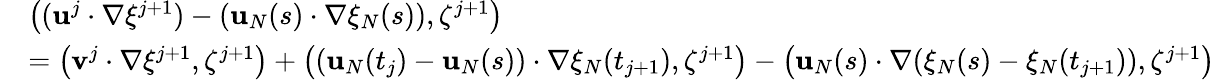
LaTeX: \begin{array}{rl}&{\left((\mathbf{u}^{j}\cdot\nabla\xi^{j+1})-(\mathbf{u}_{N}(s)\cdot\nabla\xi_{N}(s)),\zeta^{j+1}\right)}\\ &{=\left(\mathbf{v}^{j}\cdot\nabla\xi^{j+1},\zeta^{j+1}\right)+\left((\mathbf{u}_{N}(t_{j})-\mathbf{u}_{N}(s))\cdot\nabla\xi_{N}(t_{j+1}),\zeta^{j+1}\right)-\left(\mathbf{u}_{N}(s)\cdot\nabla(\xi_{N}(s)-\xi_{N}(t_{j+1})),\zeta^{j+1}\right)}\end{array}